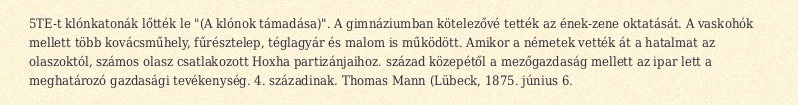
5TE-t klónkatonák lőtték le "(A klónok támadása)". A gimnáziumban kötelezővé tették az ének-zene oktatását. A vaskohók mellett több kovácsműhely, fűrésztelep, téglagyár és malom is működött. Amikor a németek vették át a hatalmat az olaszoktól, számos olasz csatlakozott Hoxha partizánjaihoz. század közepétől a mezőgazdaság mellett az ipar lett a meghatározó gazdasági tevékenység. 4. századinak. Thomas Mann (Lübeck, 1875. június 6.